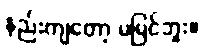
နည်းကျတော့ မမြင်ဘူး။